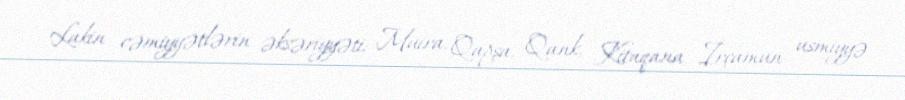
Lakin cəmiyyətlərin əksəriyyəti: Muira, Qapşa, Qank, Kitaqana, İrçamun usmiyyə